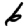
Digit: 6